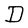
Character: D